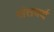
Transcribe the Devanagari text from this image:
संतवर्य